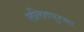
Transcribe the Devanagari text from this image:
ललितपुरमा